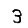
Digit: 3